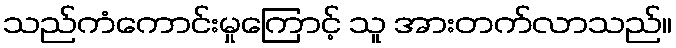
သည်ကံကောင်းမှုကြောင့် သူ အားတက်လာသည်။